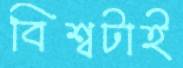
বিশ্বটাই